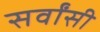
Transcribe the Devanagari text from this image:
सर्वांसी